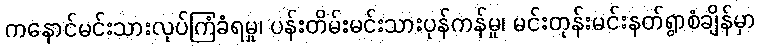
ကနောင်မင်းသားလုပ်ကြံခံရမှု၊ ပန်းတိမ်းမင်းသားပုန်ကန်မှု၊ မင်းတုန်းမင်းနတ်ရွာစံချိန်မှာ